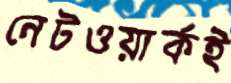
নেটওয়ার্কই